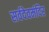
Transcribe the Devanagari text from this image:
सर्वदेवमंदिर